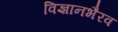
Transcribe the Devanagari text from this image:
विज्ञानभैरव